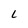
Character: L